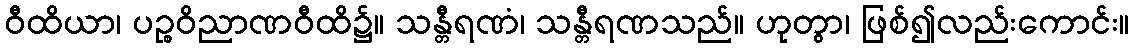
ဝီထိယာ၊ ပဉ္စဝိညာဏဝီထိ၌။ သန္တီရဏံ၊ သန္တီရဏသည်။ ဟုတွာ၊ ဖြစ်၍လည်းကောင်း။